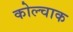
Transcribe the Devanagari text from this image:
कोल्चाक